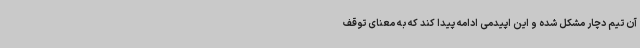
آن تیم دچار مشکل شده و این اپیدمی ادامه پیدا کند که به معنای توقف